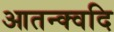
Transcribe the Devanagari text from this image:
आतन्क्वदि